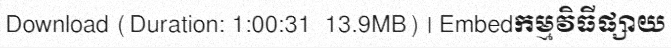
Download (Duration: 1:00:31  13.9MB) | Embedកម្មវិធីផ្សាយ